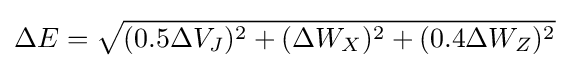
\Delta E={\sqrt {(0.5\Delta V_{J})^{2}+(\Delta W_{X})^{2}+(0.4\Delta W_{Z})^{2}}}